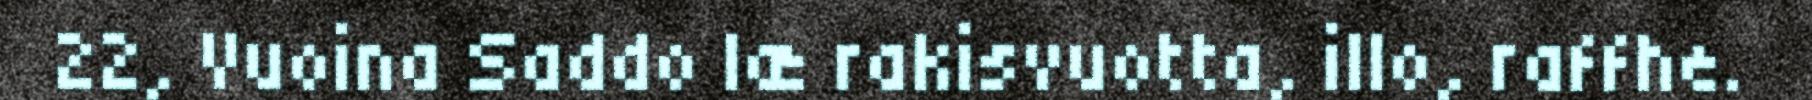
22, Vuoina Saddo læ rakisvuotta, illo, raffhe.